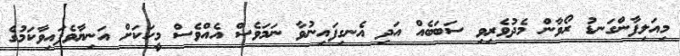
މިއަލިފާންގަނޑު ރޯވާން މެދުވެރިވި ސަބަބެއް އަދި އެނގިފައިނުވާ ނަމަވެސް އެއްވެސް މީހަކަށް އަނިޔާވެފައިވާކަމުގެ